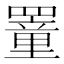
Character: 罿